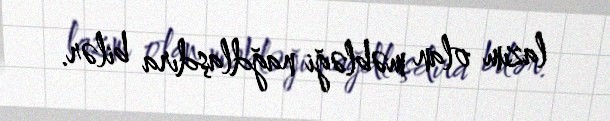
lazım olan məbləği nağdlaşdıra bilər.